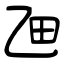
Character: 乪